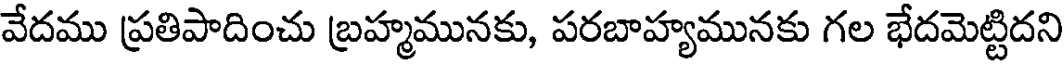
వేదము ప్రతిపాదించు బ్రహ్మమునకు, పరబాహ్యమునకు గల భేదమెట్టిదని